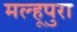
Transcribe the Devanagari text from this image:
मल्हूपुरा